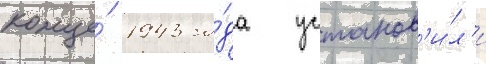
конце́ 1943 го́да установ'и́л'и